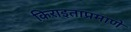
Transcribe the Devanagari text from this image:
किराइताप्रमाणे